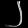
Digit: ၂